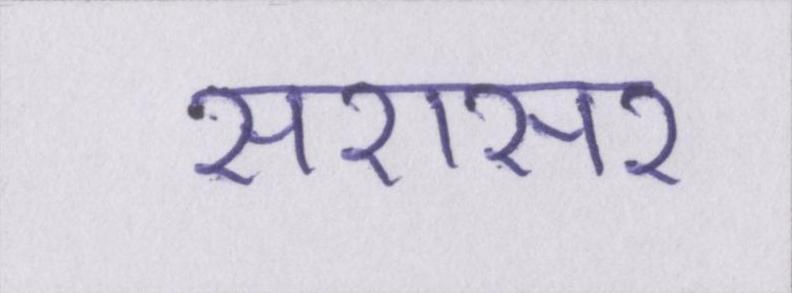
सरासर